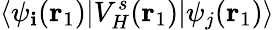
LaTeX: \langle\psi_{\mathbf{i}}(\mathbf{{r}}_{1})|V_{H}^{s}(\mathbf{{r}}_{1})|\psi_{j}(\mathbf{{r}}_{1})\rangle